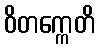
ဝိတက္ကေတိ